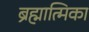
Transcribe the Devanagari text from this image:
ब्रह्मात्मिका